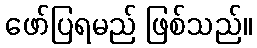
ဖော်ပြရမည် ဖြစ်သည်။